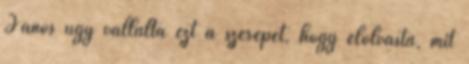
János úgy vállalta ezt a szerepet, hogy elolvasta, mit